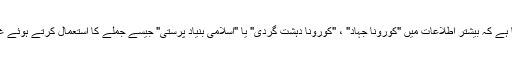
درخواست میں کہا گیا ہے کہ بیشتر اطلاعات میں "کورونا جہاد" ، "کورونا دہشت گردی" یا "اسلامی بنیاد پرستی" جیسے جملے کا استعمال کرتے ہوئے غلط بیانی کی گئی ہے۔